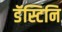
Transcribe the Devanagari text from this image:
डॅस्टिनि